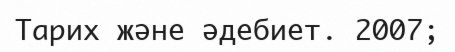
Тарих және әдебиет. 2007;